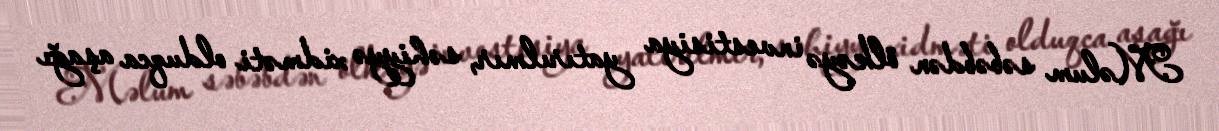
Məlum səbəbdən ölkəyə investisiya yatırılmır, səhiyyə xidməti olduqca aşağı